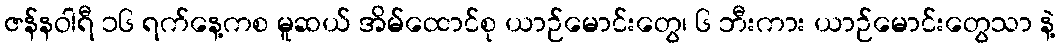
ဇန်နဝါရီ ၁၆ ရက်နေ့ကစ မူဆယ် အိမ်ထောင်စု ယာဉ်မောင်းတွေ၊ ၆ ဘီးကား ယာဉ်မောင်းတွေသာ နဲ့